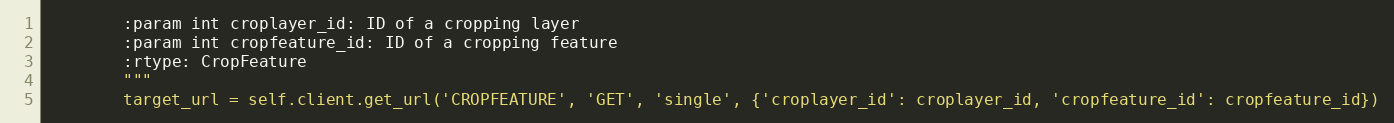
Language: Python
        :param int croplayer_id: ID of a cropping layer
        :param int cropfeature_id: ID of a cropping feature
        :rtype: CropFeature
        """
        target_url = self.client.get_url('CROPFEATURE', 'GET', 'single', {'croplayer_id': croplayer_id, 'cropfeature_id': cropfeature_id})